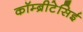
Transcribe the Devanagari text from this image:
कॉम्ब्रीटेसिई